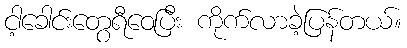
ငါ့ခေါင်းတွေရီဝေပြီး ကိုက်လာခဲ့ပြန်တယ်။